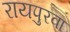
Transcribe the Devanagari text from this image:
रायपुरवा